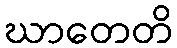
ဃာတေတိ